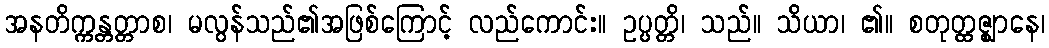
အနတိက္ကန္တတ္တာစ၊ မလွန်သည်၏အဖြစ်ကြောင့် လည်ကောင်း။ ဥပ္ပတ္တိ၊ သည်။ သိယာ၊ ၏။ စတုတ္ထဇ္ဈာနေ၊